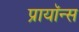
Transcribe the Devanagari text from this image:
प्रायॉन्स